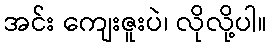
အင်း ကျေးဇူးပဲ၊ လိုလို့ပါ။